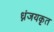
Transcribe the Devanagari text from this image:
ध्नंजयकृत